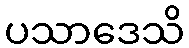
ပသာဒေသိ